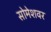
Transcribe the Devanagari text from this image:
सोमेशवर